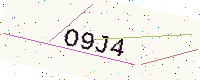
Text: O9J4